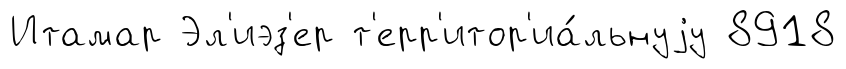
Итамар Эл'иэз'ер т'ерр'итор'иа́льнуjу 8918